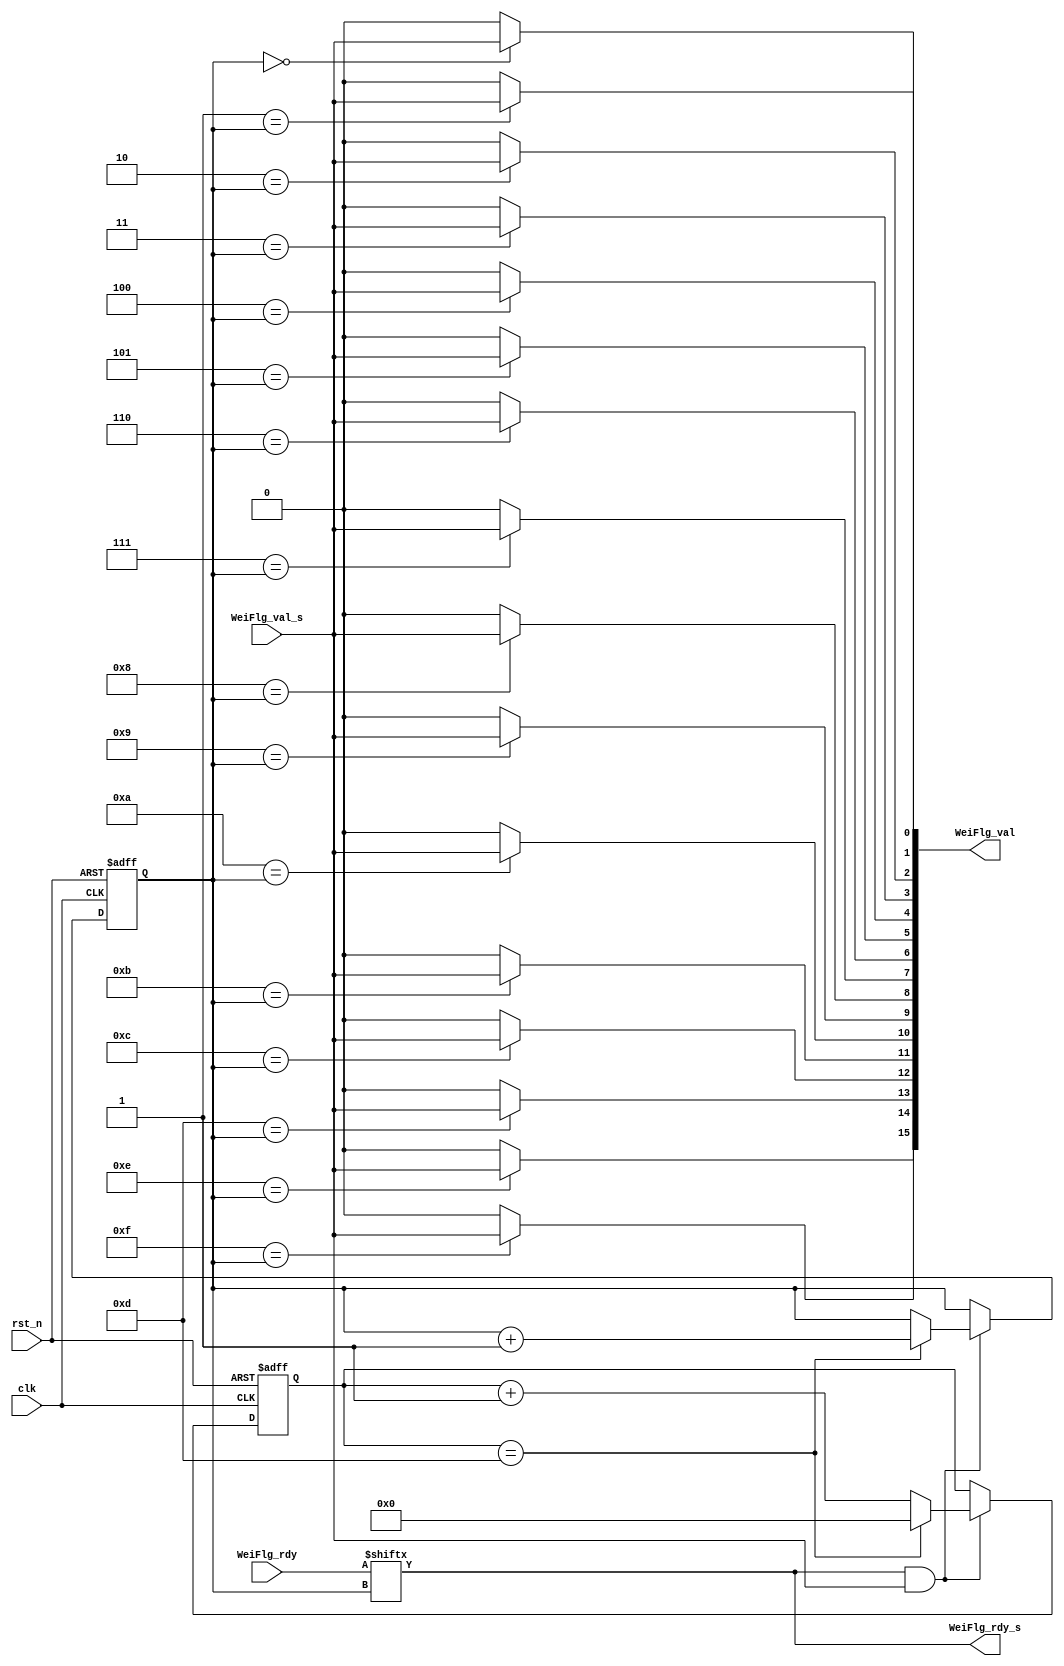
module WeiFlg_Abs # (
parameter PEB = 16
    ) (
    input clk,    // Clock
    input rst_n,  // Asynchronous reset active low
    input [PEB - 1 : 0]WeiFlg_rdy,

    input  WeiFlg_val_s,
    output WeiFlg_rdy_s,
    output reg [PEB - 1 : 0]WeiFlg_val
);
reg [3 : 0]cnt_access_each_PEB;
reg [3 : 0]cnt_which_PEB;
always @(posedge clk or negedge rst_n) begin
    if (~rst_n) begin
        cnt_access_each_PEB <= 0;
        cnt_which_PEB       <= 0;
    end else if (WeiFlg_rdy[cnt_which_PEB] & WeiFlg_val_s) begin
        if (cnt_access_each_PEB == 13) begin
            cnt_access_each_PEB <= 0;
            cnt_which_PEB       <= cnt_which_PEB + 1;
        end else begin
            cnt_access_each_PEB <= cnt_access_each_PEB + 1;
        end
    end
end

reg WeiFlg_rdy_s_d;
integer i;
always @( * ) begin
    for (i = 0; i < 16; i = i + 1) begin
        if (i == cnt_which_PEB) begin
            WeiFlg_val[i] = WeiFlg_val_s;
        end else begin
            WeiFlg_val[i] = 0;
        end
    end
end

assign WeiFlg_rdy_s = WeiFlg_rdy[cnt_which_PEB];


endmodule